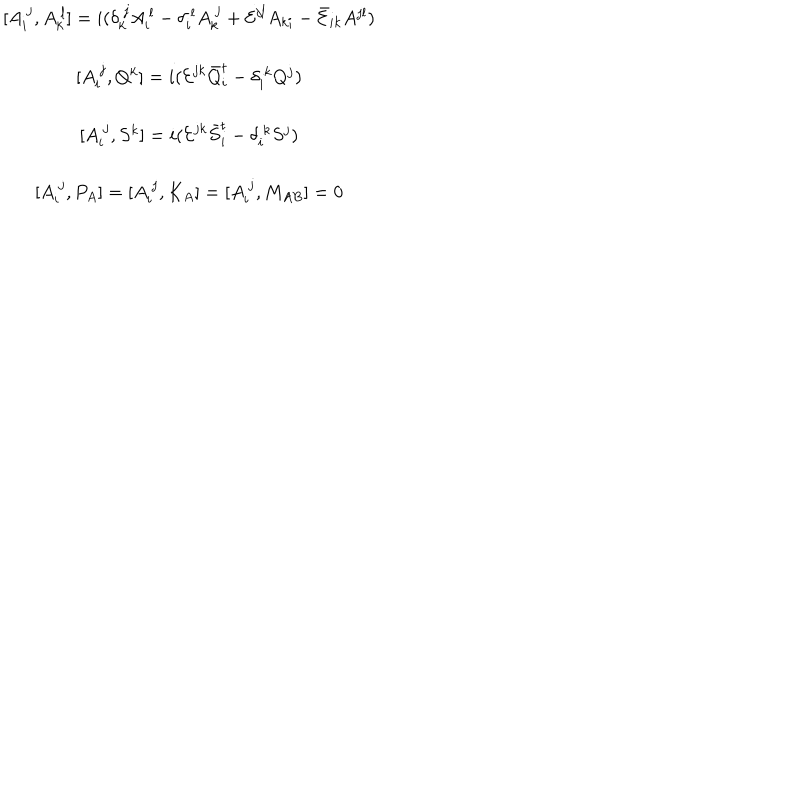
LaTeX: \begin{array} { c } { { [ A _ { i } ^ { ~ j } , A _ { k } ^ { ~ l } ] = i ( \delta _ { k } ^ { ~ j } A _ { i } ^ { ~ l } - \delta _ { i } ^ { ~ l } A _ { k } ^ { ~ j } + { \cal E } ^ { j l } A _ { k i } - \bar { \cal E } _ { i k } A ^ { j l } ) } } \\ { { { } } } \\ { { { [ A _ { i } ^ { ~ j } , Q ^ { k } ] = i ( { \cal E } ^ { j k } \bar { Q } _ { i } ^ { t } - \delta _ { i } ^ { ~ k } Q ^ { j } ) } } } \\ { { { } } } \\ { { { [ A _ { i } ^ { ~ j } , S ^ { k } ] = i ( { \cal E } ^ { j k } \bar { S } _ { i } ^ { t } - \delta _ { i } ^ { ~ k } S ^ { j } ) } } } \\ { { { } } } \\ { { \displaystyle { [ A _ { i } ^ { ~ j } , P _ { A } ] = [ A _ { i } ^ { ~ j } , K _ { A } ] = [ A _ { i } ^ { ~ j } , M _ { A B } ] = 0 } } } \\ \end{array}